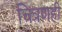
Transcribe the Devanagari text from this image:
चित्रणही